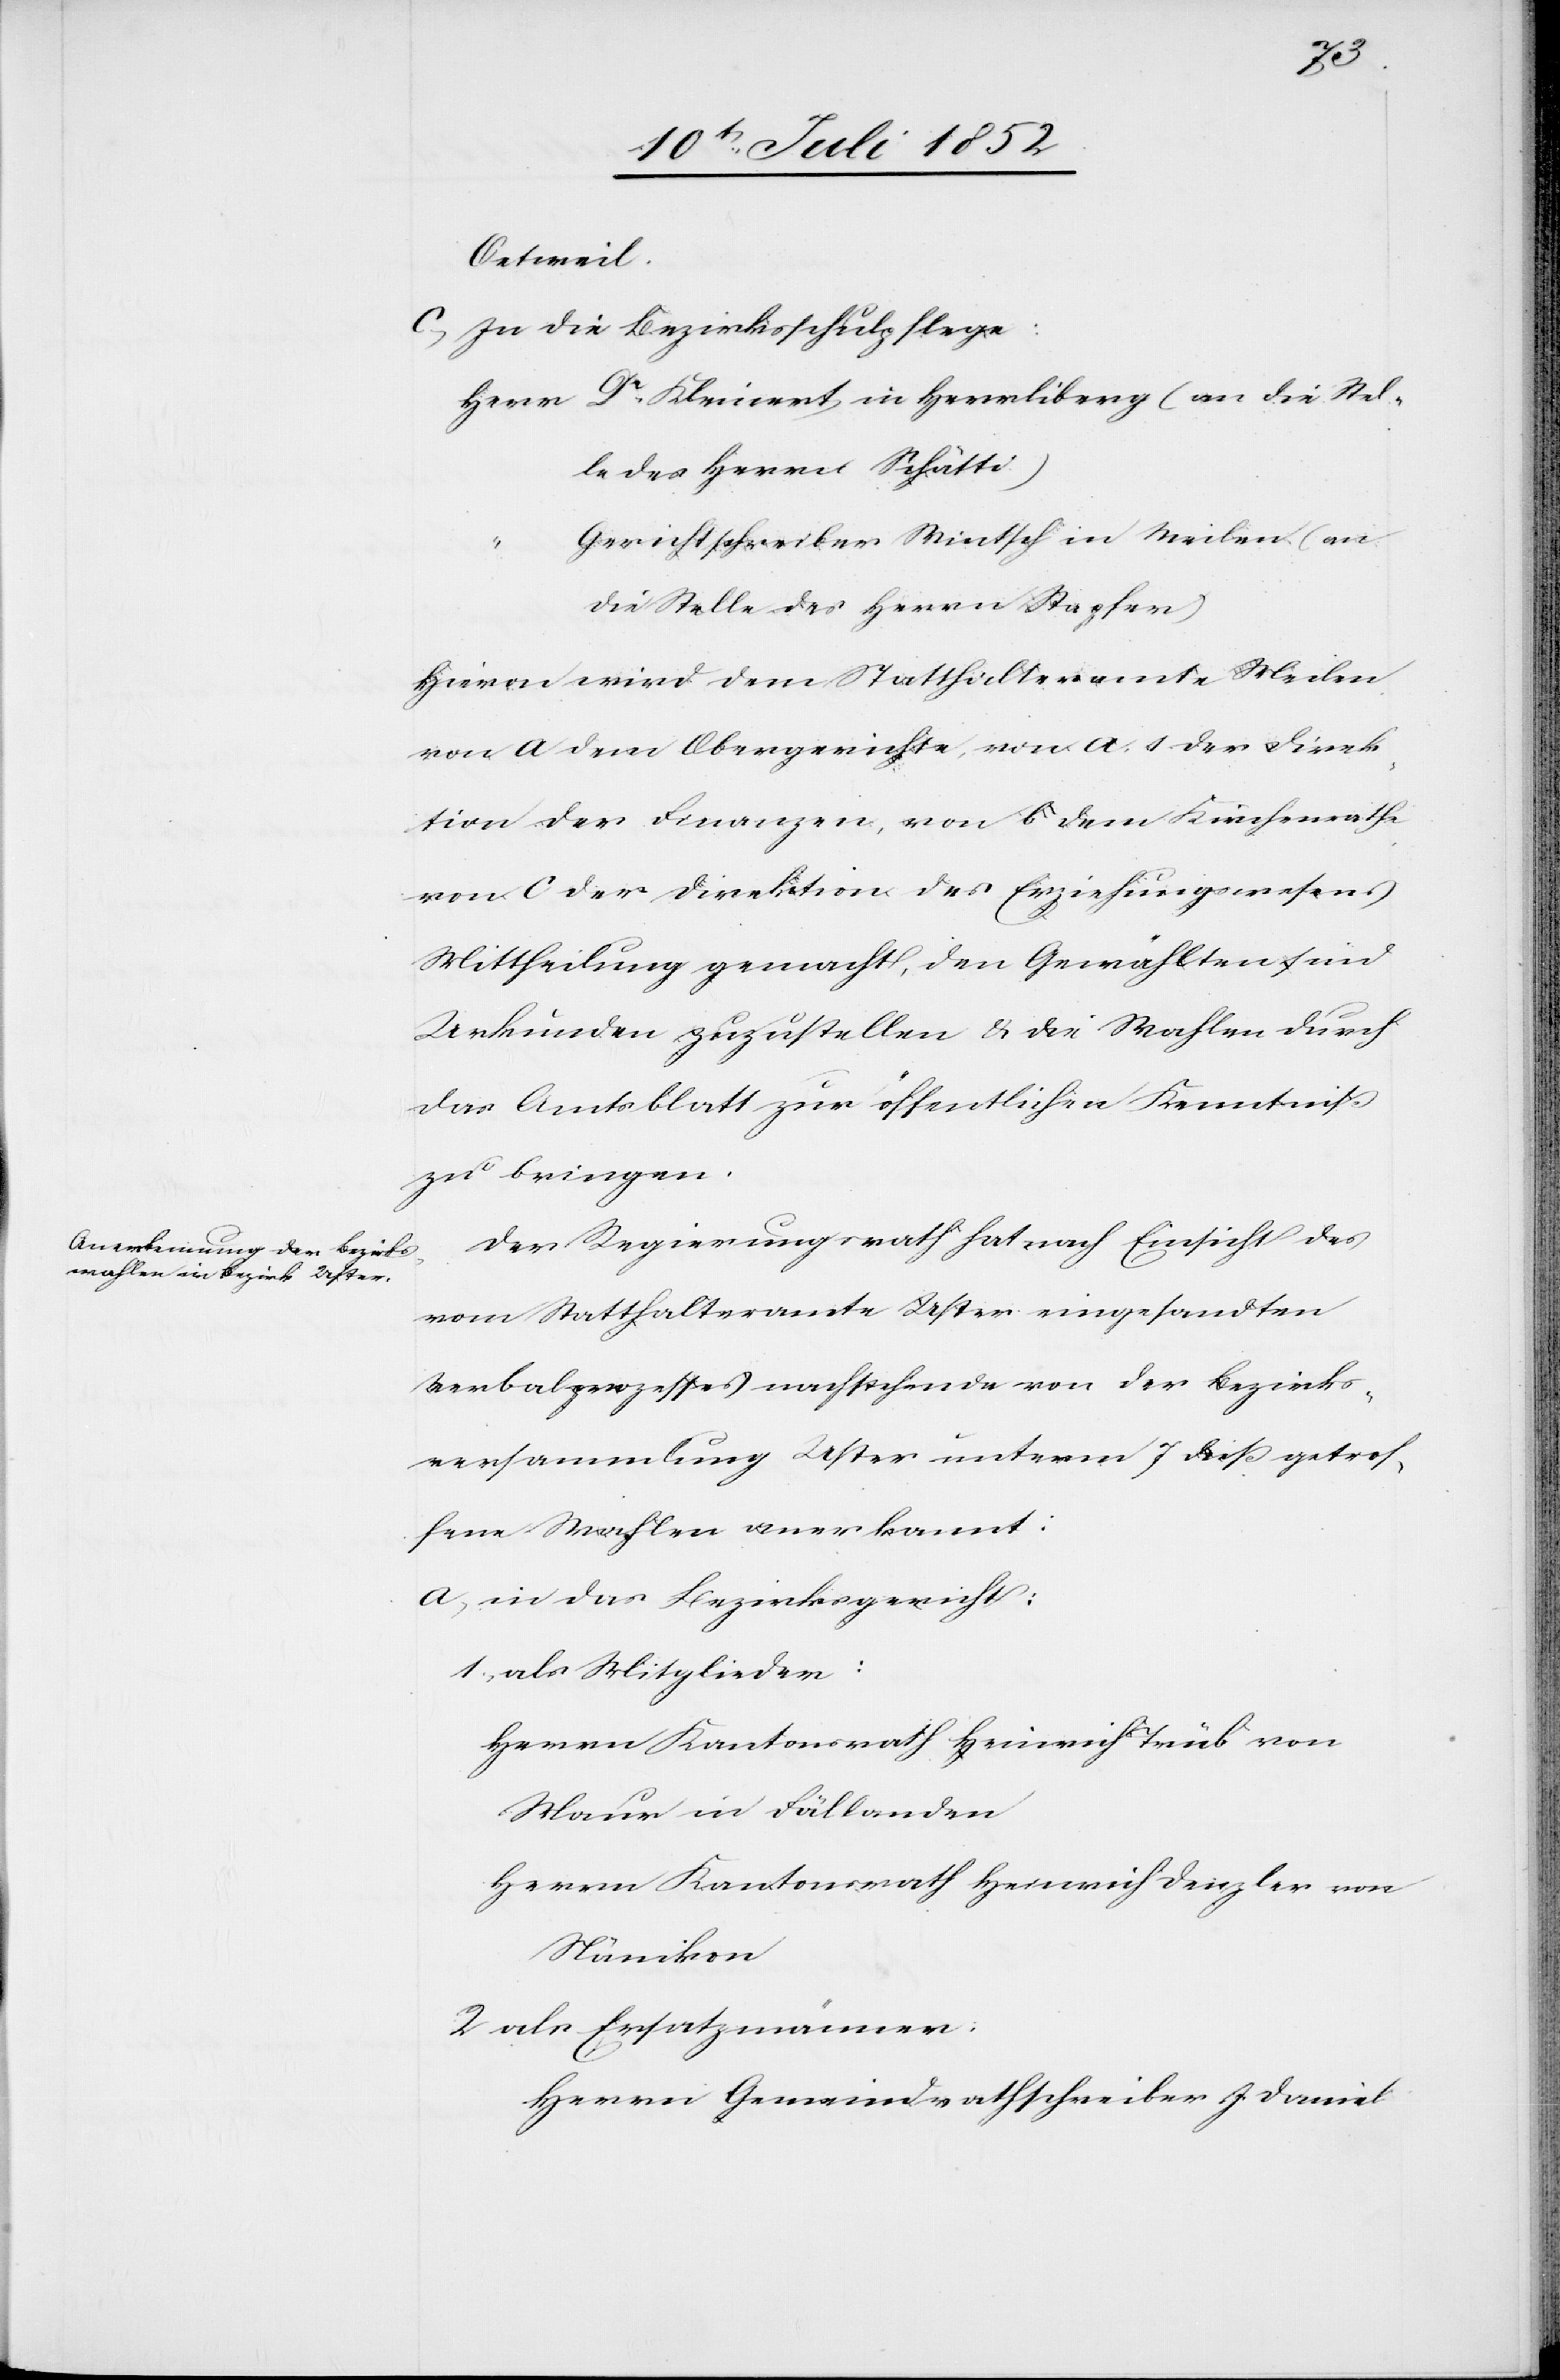
Oetweil.
In die Bezirksschulpflege:
Herr Dr. Kleinert in Herrliberg (an die Stel¬
le des Herrn Schätti)
Gerichtschreiber Wintsch in Meilen (an
die Stelle des Herrn Stapfer)
Hievon wird dem Statthalteramte Meilen[,]
von a dem Obergerichte, von a. 1. der Direk¬
tion der Finanzen, von b dem Kirchenrathe[,]
von c der Direktion des Erziehungswesens
Mittheilung gemacht, den Gewählten sind
Urkunden zuzustellen & die Wahlen durch
das Amtsblatt zur öffentlichen Kenntniß
zu bringen.
Der Regierungsrath hat nach Einsicht des
vom Statthalteramte Uster eingesandten
Verbalprozesses nachstehende von der Bezirks¬
versammlung Uster unterm 7 dieß getrof¬
fene Wahlen anerkannt:
in das Bezirksgericht:
als Mitglieder:
Herrn Kantonsrath Heinrich Trüb von
Maur in Fällanden
Herrn Kantonsrath Heinrich Denzler von
Nänikon
als Ersatzmänner:
Herrn Gemeindrathschreiber J. Daniel